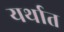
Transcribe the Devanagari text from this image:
यर्थात